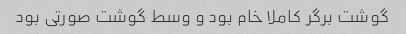
گوشت برگر کاملا خام بود و وسط گوشت صورتی بود